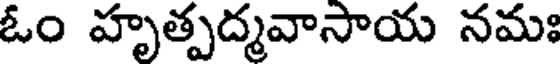
ఓం హృత్పద్మవాసాయ నమః